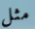
مثل